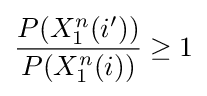
{\frac {P(X_{1}^{n}(i'))}{P(X_{1}^{n}(i))}}\geq 1